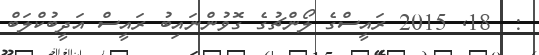
:  18